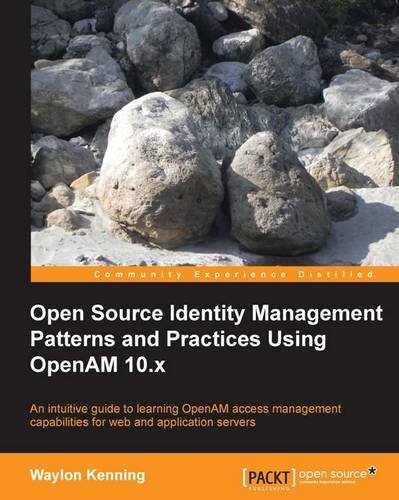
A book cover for Open Source Identity Management Patterns and Practices Using OpenAM 10.x; Waylon Kenning; Computers & Technology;